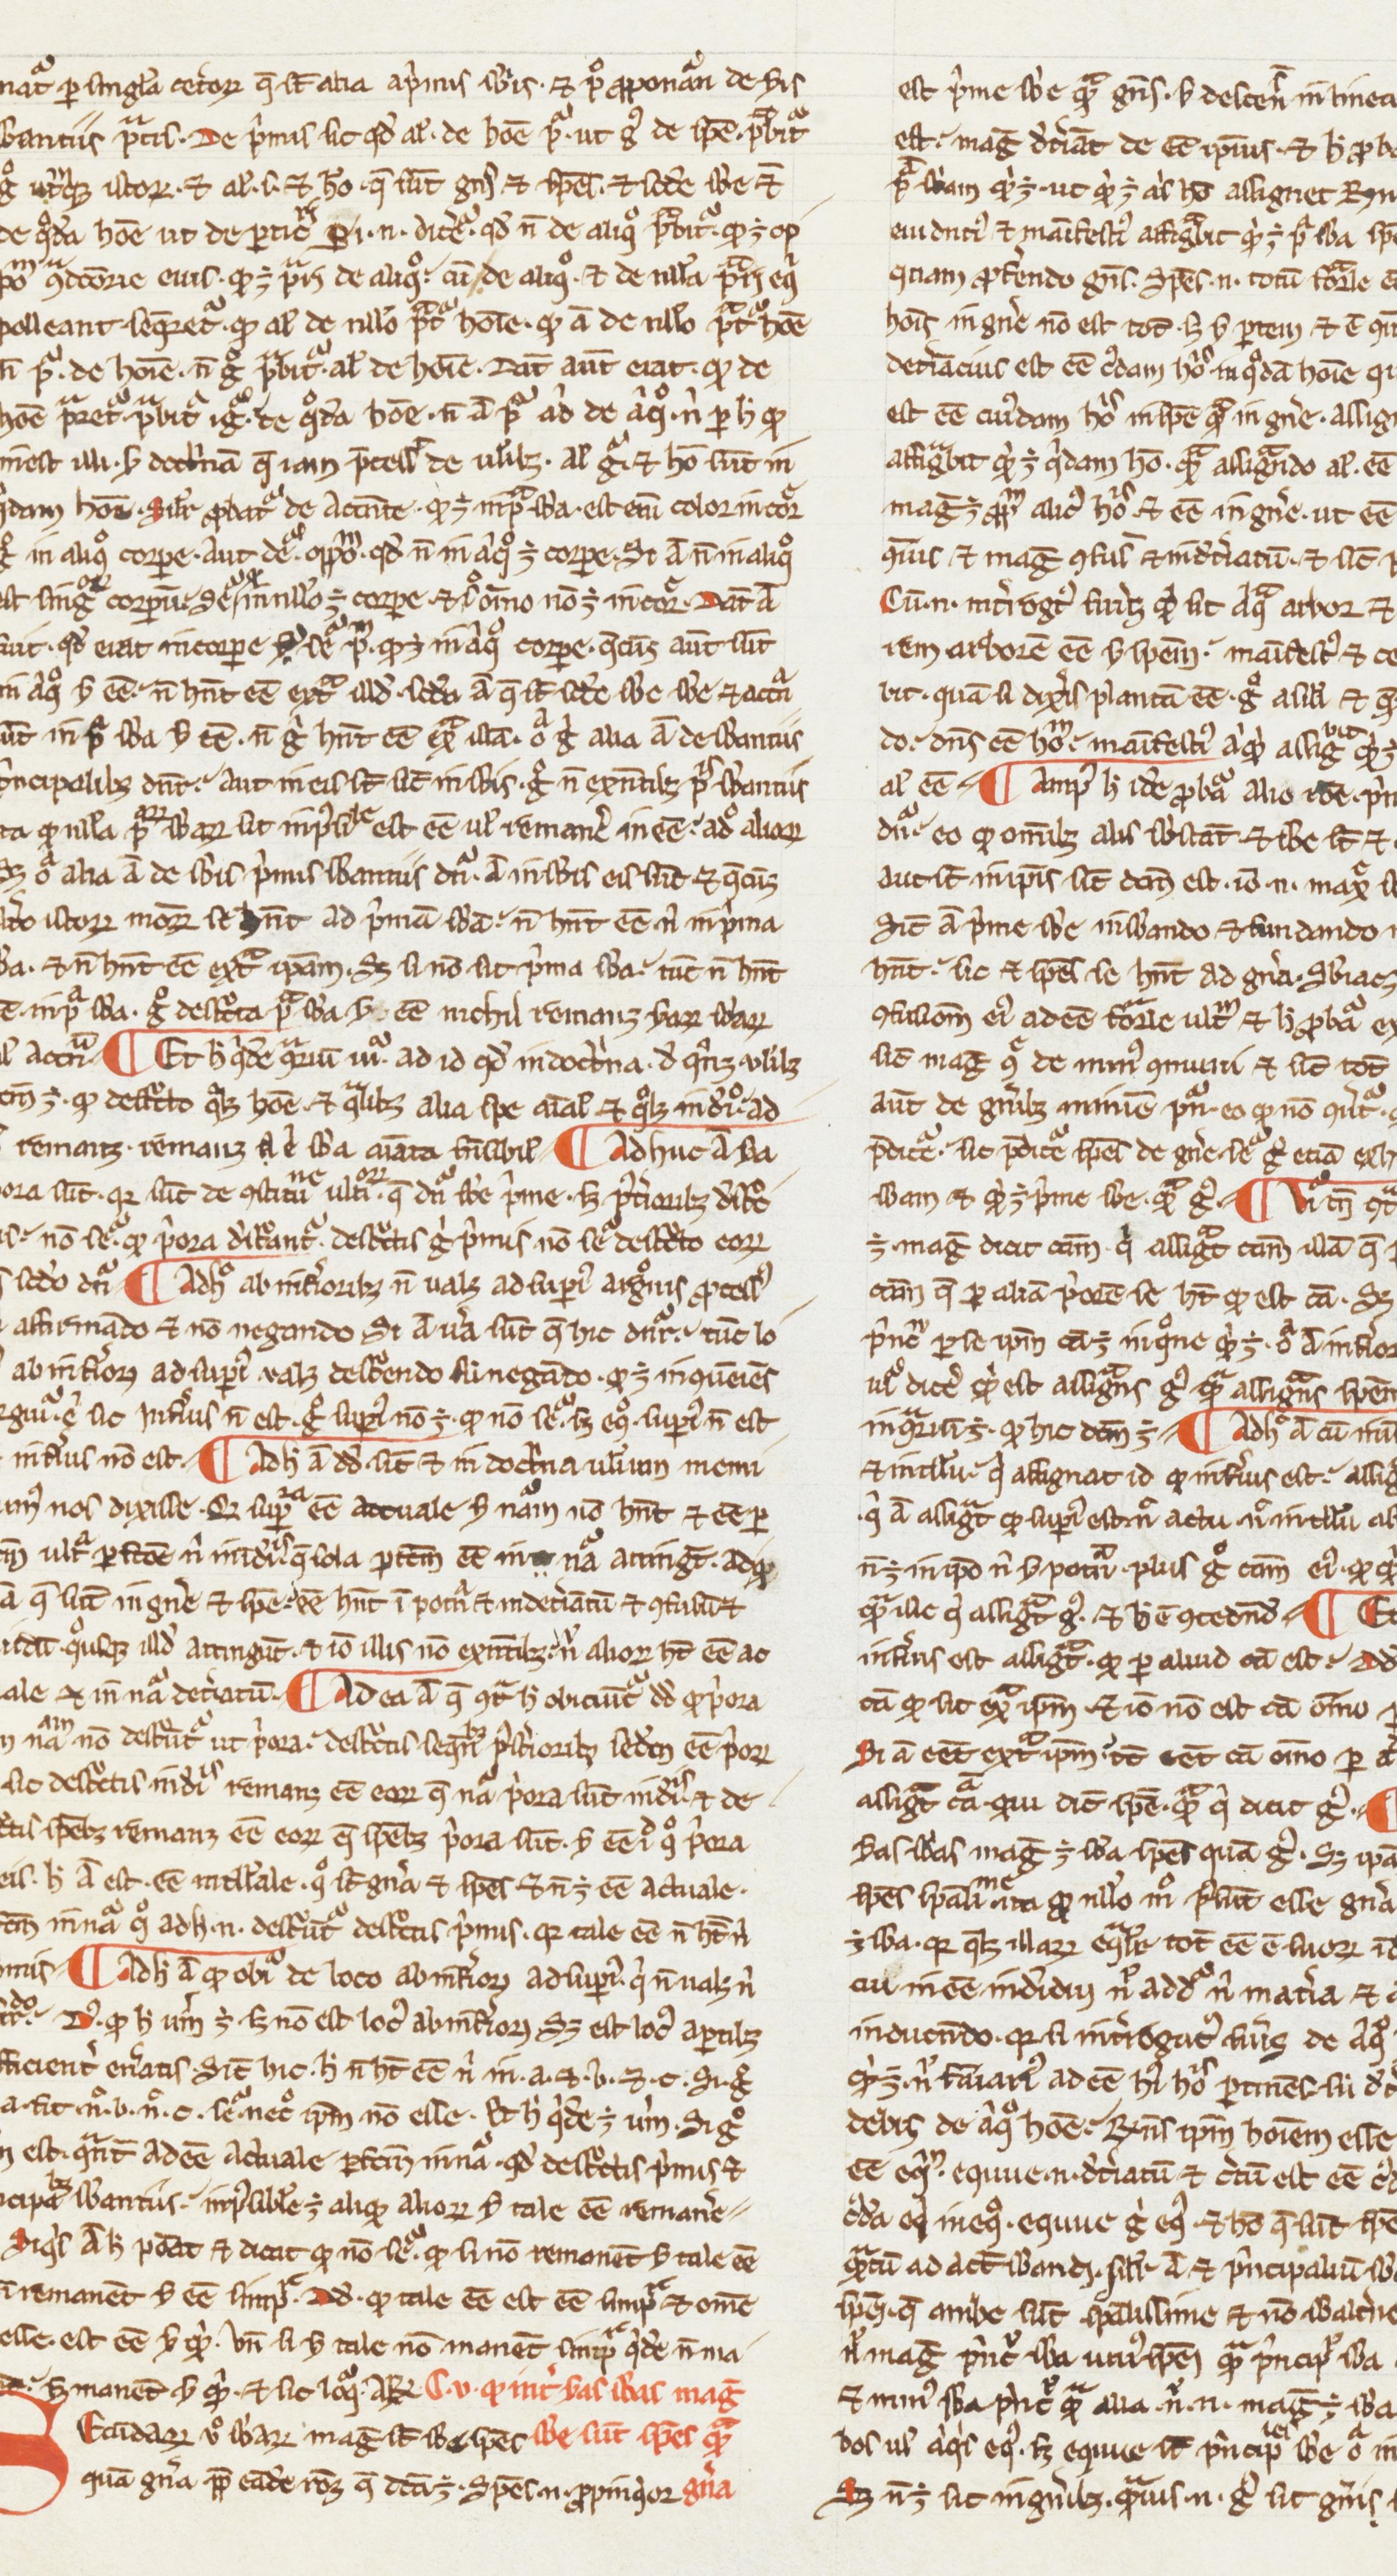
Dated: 1200–1399